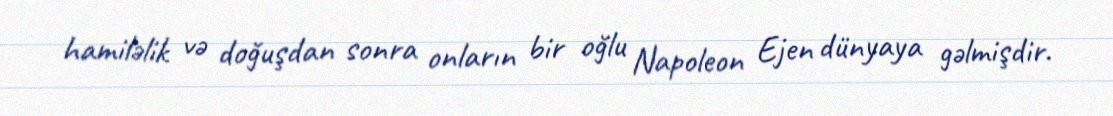
hamiləlik və doğuşdan sonra onların bir oğlu Napoleon Ejen dünyaya gəlmişdir.